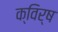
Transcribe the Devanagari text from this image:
क्विर्ष